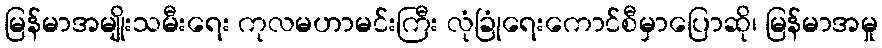
မြန်မာအမျိုးသမီးရေး ကုလမဟာမင်းကြီး လုံခြုံရေးကောင်စီမှာပြောဆို၊ မြန်မာအမှု